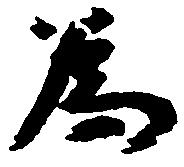
為